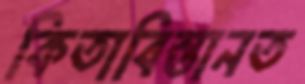
কিতাবিস্তানত